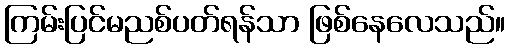
ကြမ်းပြင်မညစ်ပတ်ရန်သာ ဖြစ်နေလေသည်။